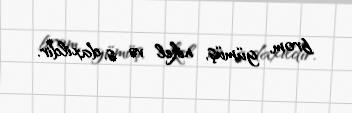
brom, gümüş, nikel və s. daxildir.